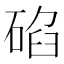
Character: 𥓒